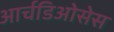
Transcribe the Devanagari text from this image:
आर्चडिओसेस